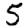
Digit: 5